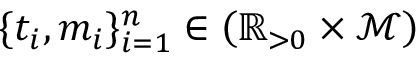
\{ t _ { i } , m _ { i } \} _ { i = 1 } ^ { n } \in \left( \mathbb { R } _ { > 0 } \times \mathcal { M } \right)